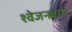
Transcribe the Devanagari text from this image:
श्‍वेजनबर्गर